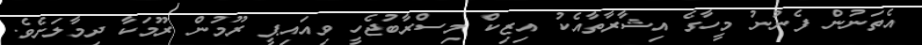
އެތަނުން ފެނުނު މީހާގެ އިޝާރާތާއެކު އިޒިކް މިސްރާބުޖެހީ ވިއައިޕީ ރޫމުން ރޫމަކާ ދިމާލަށެވެ.